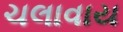
ચલાવાય